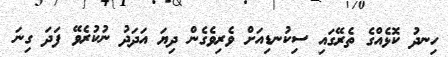
ހިނދު ކޮޅެއްގެ ތެރޭގައި ސިކުނޑިއަށް ވެރިވެގެން ދިޔަ އަދަދު ނުކުރެވޭ ފަދަ ގިނަ